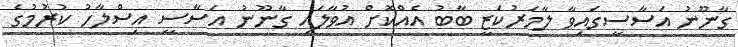
ގާނޫނު އަސާސީގައިވާ ލާމަރުކަޒީ ބާބު އެއްކޮށް އުވާލައި ގާނޫނު އަސާސީ އިސްލާހު ކުރުމުގެ